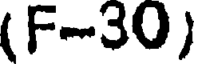
(F-30)